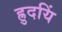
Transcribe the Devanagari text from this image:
ह्रुदयिं